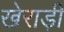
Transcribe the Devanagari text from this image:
खेराड़ी